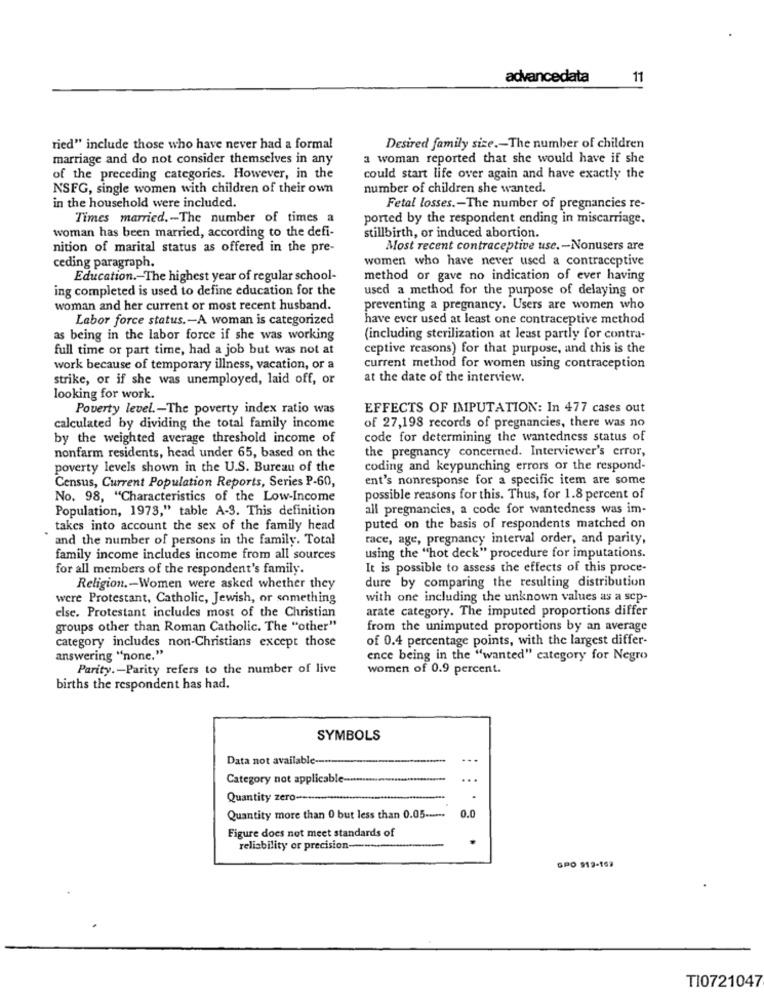
advancedata
11
ried" include those who have never had a formal
Desired family size .- The number of children
marriage and do not consider themselves in any
a woman reported that she would have if she
of the preceding categories. However, in the
could start life over again and have exactly the
NSFG, single women with children of their own
number of children she wanted.
in the household were included.
Fetal losses .- The number of pregnancies re-
Times married .- The number of times a
ported by the respondent ending in miscarriage.
woman has been married, according to the defi-
stillbirth, or induced abortion.
nition of marital status as offered in the pre-
Most recent contraceptive use .- Nonusers are
women who have never used a contraceptive
ceding paragraph.
Education .- The highest year of regular school-
method or gave no indication of ever having
ing completed is used to define education for the
used a method for the purpose of delaying or
woman and her current or most recent husband.
preventing a pregnancy. Users are women who
Labor force status .- A woman is categorized
have ever used at least one contraceptive method
as being in the labor force if she was working
(including sterilization at least partly for contra-
full time or part time, had a job but was not at
ceptive reasons) for that purpose, and this is the
work because of temporary illness, vacation, or a
current method for women using contraception
strike, or if she was unemployed, laid off, or
at the date of the interview.
looking for work.
Poverty level .- The poverty index ratio was
EFFECTS OF IMPUTATION: In 477 cases out
calculated by dividing the total family income
of 27,198 records of pregnancies, there was no
by the weighted average threshold income of
code for determining the wantedness status of
the pregnancy concerned. Interviewer's error,
nonfarm residents, head under 65, based on the
poverty levels shown in the U.S. Bureau of the
coding and keypunching errors or the respond-
Census, Current Population Reports, Series P-60,
ent's nonresponse for a specific item are some
No. 98, "Characteristics of the Low-Income
possible reasons for this. Thus, for 1.8 percent of
Population, 1973," table A-3. This definition
all pregnancies, a code for wantedness was im-
takes into account the sex of the family head
puted on the basis of respondents matched on
and the number of persons in the family. Total
race, age, pregnancy interval order, and parity,
family income includes income from all sources
using the "hot deck" procedure for imputations.
for all members of the respondent's family.
It is possible to assess the effects of this proce-
dure by comparing the resulting distribution
Religion .- Women were asked whether they
were Protestant, Catholic, Jewish, or something
with one including the unknown values as a sep-
arate category. The imputed proportions differ
else. Protestant includes most of the Christian
groups other than Roman Catholic. The "other"
from the unimputed proportions by an average
of 0.4 percentage points, with the largest differ-
category includes non-Christians except those
answering "none."
ence being in the "wanted" category for Negro
Parity .- Parity refers to the number of live
women of 0.9 percent.
births the respondent has had.
SYMBOLS
Data not available --
Category not applicable-
Quantity zero-
0.0
Quantity more than 0 but less than 0.05 ......
Figure does not meet standards of
reliability or precision-
GPO 919-159
TI0721047